Sanitation, dispensaries and jails vaccination Rajputana 1922-1927 - 1922-1927
Year: 1922
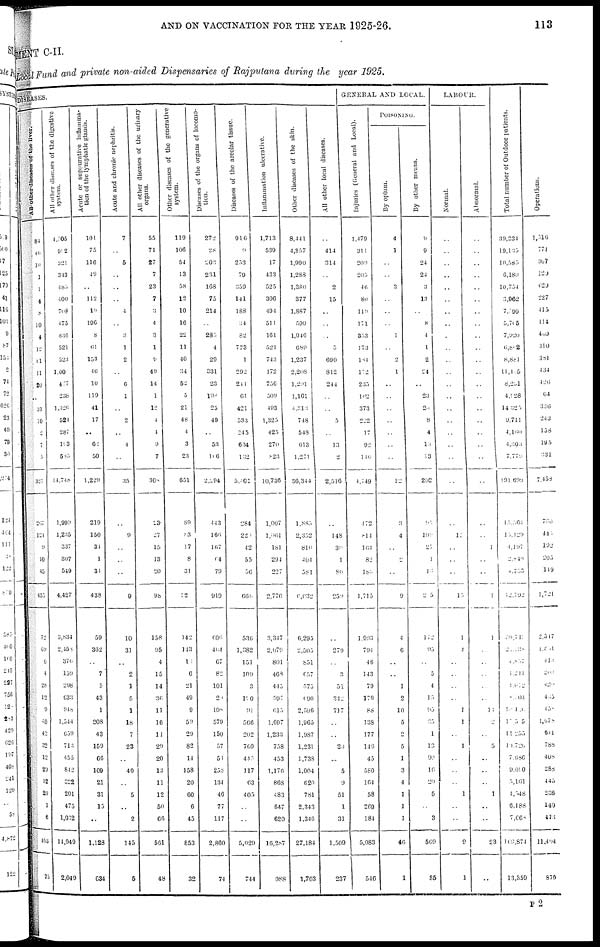
AND ON VACCINATION FOR THE YEAR 1925-26.
113
MENT C-II
Local Fund and private non-aided Dispensaries of Rajputana during the year 1925.
DISEASES.
All other diseases of the liver.
84
46
10
1
1
4
8
10
4
12
11
11
20
..
31
10
2
7
5
327
267
121
9
10
45
455
72
69
6
4
28
12
9
40
42
32
12
20
12
29
1
6
403
75
All other diseases of the digestive
system.
4,005
902
321
343
480
400
708
475
836
521
523
1,00
477
238
1,326
521
287
193
585
14,748
1,999
1,235
337
307
549
4,427
3,834
2,458
376
159
298
633
948
1,544
659
716
455
842
322
201
475
1,032
14,949
2,049
Acute or suppurative inflamma-
tion of the lymphatic glands.
101
75
116
49
..
112
19
196
8
61
153
40
10
119
41
17
..
62
50
1,229
219
150
31
1
31
438
59
362
..
7
5
43
1
208
43
159
66
109
21
31
15
..
1,128
634
Acute and chronic nephritis.
7
..
5
..
..
..
4
..
3
1
2
..
6
1
..
2
..
4
..
35
..
9
..
..
..
9
10
31
..
2
1
5
1
18
7
23
..
40
..
5
..
2
145
5
All other diseases of the urinary
organs.
55
71
27
7
23
7
3
4
3
1
9
49
14
1
12
4
4
9
7
308
23
27
15
13
20
98
158
95
4
15
14
36
11
16
11
29
20
13
11
12
50
66
561
48
Other diseases of the generative
system.
119
106
54
13
58
12
10
16
22
11
40
34
52
5
21
48
4
3
23
651
89
83
17
8
31
22
142
143
10
6
21
49
9
59
29
82
14
158
20
60
6
45
853
32
Diseases of the organs of locomo-
tion.
272
28
203
231
168
75
214
..
285
4
29
331
23
198
25
49
..
53
106
2,094
443
166
167
64
79
919
606
404
67
82
101
20
108
579
150
57
51
258
134
46
77
117
2,860
74
Diseases of the areolar tissue.
916
9
253
79
359
141
188
34
82
773
1
292
211
61
421
533
245
634
132
5,401
84
22
42
55
56
666
536
1,382
151
109
3
100
91
566
202
769
445
117
63
405
..
..
5,029
744
Inflammation ulcerative.
1,713
539
17
433
525
306
494
511
161
521
743
172
756
509
493
1,325
425
270
823
10,736
1,007
1,061
l81
294
227
2,770
3,347
2,079
801
468
445
597
615
1,697
1,233
758
453
1,176
868
483
647
620
16,287
988
Other diseases of the skin.
8,441
4,357
1,990
1,288
1,380
377
1,887
599
1,946
689
1,237
2,208
1,291
1,161
4,313
748
548
613
1,271
36,344
l,885
2,352
810
404
581
6,0323
6,295
2,505
851
657
575
690
2,596
1,965
1,987
1,231
1,738
1,004
620
781
2,343
1,346
27,184
1,703
All other local diseases.
..
414
314
..
2
15
..
..
..
5
690
812
244
..
..
5
..
13
2
2,516
..
148
30
1
80
259
..
279
..
3
51
342
717
..
..
20
..
5
9
51
1
31
1,509
237
GENERAL AND LOCAL.
Injuries (General and Local).
1,479
311
209
205
46
80
119
171
353
173
181
172
235
162
373
222
17
92
110
1,749
472
814
164
82
183
1,715
1,993
794
46
143
79
179
88
138
177
146
45
580
164
58
269
184
5,083
546
POISONING.
By opium.
4
1
..
..
3
..
..
..
1
..
2
1
..
..
..
..
..
..
..
12
3
4
..
2
..
9
4
6
..
..
1
2
10
5
2
5
1
3
4
1
1
1
46
1
By other means.
9
9
24
24
3
13
..
8
4
1
2
24
..
23
20
8
4
l3
13
202
95
109
27
1
13
205
172
95
..
5
4
15
95
35
1
13
90
16
20
5
..
3
569
35
LABOUR.
Normal.
..
..
..
..
..
..
..
..
..
..
..
..
..
..
..
..
..
..
..
..
..
15
..
..
..
15
1
4
..
..
..
..
1
1
..
1
..
..
..
1
..
..
9
1
Abnormal.
..
..
..
..
..
..
..
..
..
..
..
..
..
..
..
..
..
..
..
..
..
..
1
..
..
1
1
..
..
..
..
..
11
2
..
5
..
..
..
1
..
..
23
..
Total number of Outdoor patients.
39,234
19,135
10,585
6,180
10,754
3,962
7,099
5,705
7,920
6,802
8,881
11,105
8,231
4,028
14,325
9,711
4,l60
4,303
7,779
191,699
15, 564
115,429
4,197
2, 840
..
12,792
36,742
2,0238
4,837
1,211
4,012
8,004
16,426
10,505
11,255
10,720
7,686
9,600
5,161
4,548
6,188
7,668
169,874
13,359
Operations.
1,516
774
307
129
629
227
415
114
409
310
381
434
426
64
336
243
158
195
331
7,458
730
445
192
205
119
1,721
2,517
1,801
413
203
420
435
450
1,678
641
788
408
288
445
236
140
473
11,404
879
P 2